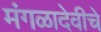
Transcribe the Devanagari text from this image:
मंगळादेवीचे